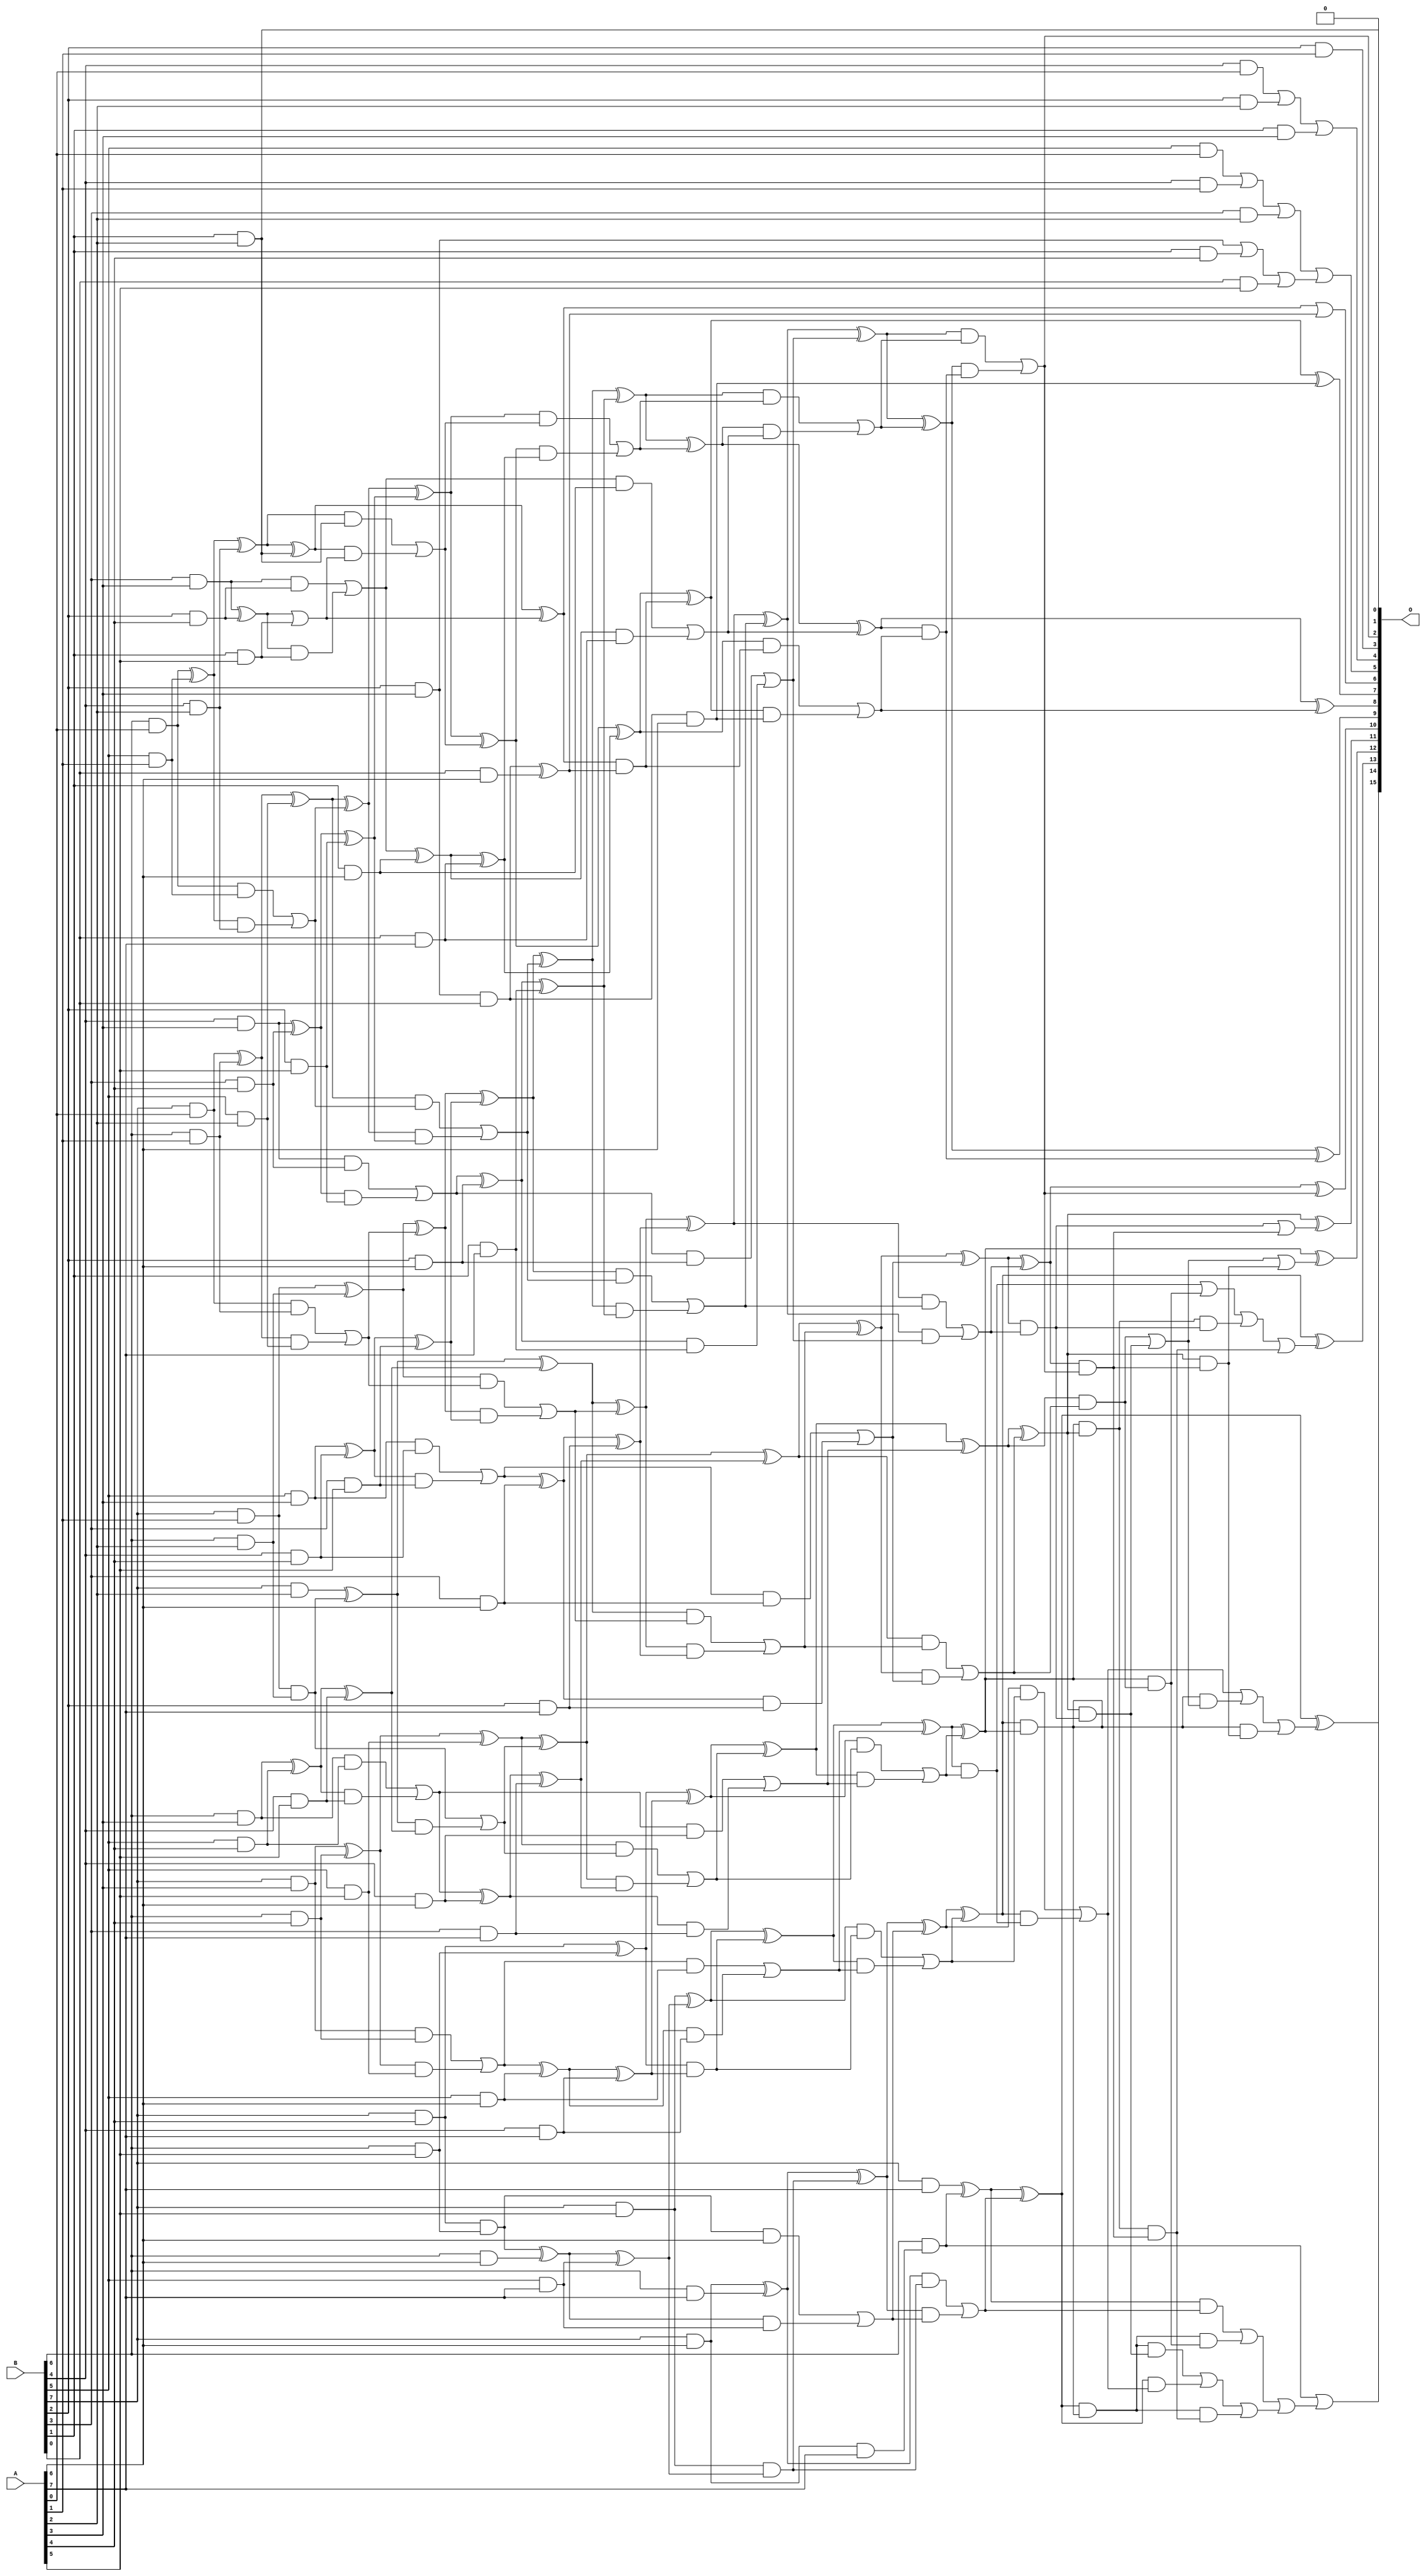
/***
* This code is a part of EvoApproxLib library (ehw.fit.vutbr.cz/approxlib) distributed under The MIT License.
* When used, please cite the following article(s): PRABAKARAN B. S., MRAZEK V., VASICEK Z., SEKANINA L., SHAFIQUE M. ApproxFPGAs: Embracing ASIC-based Approximate Arithmetic Components for FPGA-Based Systems. DAC 2020. 
***/
// MAE% = 0.051 %
// MAE = 33 
// WCE% = 0.25 %
// WCE = 163 
// WCRE% = 725.00 %
// EP% = 84.76 %
// MRE% = 1.28 %
// MSE = 2005 
// FPGA_POWER = 1.0
// FPGA_DELAY = 11
// FPGA_LUT = 63

module mul8u_6LH (
    A,
    B,
    O
);

input [7:0] A;
input [7:0] B;
output [15:0] O;

wire sig_20,sig_21,sig_22,sig_23,sig_27,sig_28,sig_29,sig_30,sig_31,sig_34,sig_35,sig_36,sig_37,sig_38,sig_39,sig_41,sig_42,sig_43,sig_44,sig_45;
wire sig_46,sig_47,sig_49,sig_50,sig_51,sig_52,sig_53,sig_54,sig_55,sig_56,sig_57,sig_58,sig_59,sig_60,sig_61,sig_62,sig_63,sig_64,sig_65,sig_66;
wire sig_67,sig_68,sig_69,sig_70,sig_71,sig_72,sig_73,sig_74,sig_75,sig_76,sig_77,sig_78,sig_79,sig_89,sig_95,sig_97,sig_99,sig_100,sig_102,sig_103;
wire sig_104,sig_105,sig_106,sig_107,sig_108,sig_109,sig_110,sig_111,sig_112,sig_113,sig_116,sig_119,sig_121,sig_122,sig_123,sig_124,sig_125,sig_126,sig_127,sig_128;
wire sig_129,sig_130,sig_131,sig_132,sig_133,sig_134,sig_135,sig_136,sig_137,sig_138,sig_139,sig_140,sig_141,sig_142,sig_143,sig_144,sig_145,sig_146,sig_147,sig_158;
wire sig_163,sig_165,sig_166,sig_167,sig_168,sig_169,sig_170,sig_171,sig_172,sig_173,sig_174,sig_175,sig_176,sig_177,sig_178,sig_179,sig_180,sig_182,sig_183,sig_184;
wire sig_185,sig_186,sig_187,sig_188,sig_189,sig_190,sig_191,sig_192,sig_193,sig_194,sig_195,sig_196,sig_197,sig_198,sig_199,sig_200,sig_201,sig_202,sig_203,sig_204;
wire sig_205,sig_206,sig_207,sig_208,sig_209,sig_210,sig_211,sig_212,sig_213,sig_214,sig_215,sig_216,sig_217,sig_218,sig_230,sig_231,sig_233,sig_234,sig_235,sig_236;
wire sig_237,sig_238,sig_239,sig_240,sig_241,sig_242,sig_243,sig_244,sig_245,sig_246,sig_247,sig_248,sig_249,sig_250,sig_251,sig_252,sig_253,sig_254,sig_255,sig_256;
wire sig_263,sig_264,sig_265,sig_266,sig_267,sig_268,sig_269,sig_270,sig_271,sig_272,sig_273,sig_274,sig_275,sig_276,sig_277,sig_278,sig_279,sig_280,sig_281,sig_282;
wire sig_283,sig_284,sig_285,sig_286,sig_287,sig_288,sig_289,sig_290,sig_291,sig_292,sig_293,sig_294,sig_295,sig_296,sig_297,sig_298,sig_299,sig_306,sig_307,sig_308;
wire sig_309,sig_310,sig_311,sig_312,sig_313,sig_314,sig_315,sig_316,sig_317,sig_318,sig_319,sig_353,sig_354,sig_364,sig_372,sig_380,sig_384,sig_385,sig_390,sig_391;
wire sig_400,sig_403,sig_404,sig_405,sig_409,sig_411,sig_414,sig_425,sig_427,sig_428,sig_429,sig_433,sig_435,sig_437,sig_451,sig_453,sig_454,sig_456,sig_459,sig_462;
wire sig_463,sig_464,sig_499,sig_500,sig_501,sig_502,sig_503,sig_504,sig_505;

assign sig_20 = B[4] & A[0];
assign sig_21 = B[5] & A[0];
assign sig_22 = B[6] & A[0];
assign sig_23 = B[7] & A[0];
assign sig_27 = B[2] & A[1];
assign sig_28 = B[4] & A[1];
assign sig_29 = B[5] & A[1];
assign sig_30 = B[6] & A[1];
assign sig_31 = B[7] & A[1];
assign sig_34 = B[2] & A[2];
assign sig_35 = B[3] & A[2];
assign sig_36 = B[4] & A[2];
assign sig_37 = B[5] & A[2];
assign sig_38 = B[6] & A[2];
assign sig_39 = B[7] & A[2];
assign sig_41 = B[1] & A[3];
assign sig_42 = B[2] & A[3];
assign sig_43 = B[3] & A[3];
assign sig_44 = B[4] & A[3];
assign sig_45 = B[5] & A[3];
assign sig_46 = B[6] & A[3];
assign sig_47 = B[7] & A[3];
assign sig_49 = B[1] & A[4];
assign sig_50 = B[2] & A[4];
assign sig_51 = B[3] & A[4];
assign sig_52 = B[4] & A[4];
assign sig_53 = B[5] & A[4];
assign sig_54 = B[6] & A[4];
assign sig_55 = B[7] & A[4];
assign sig_56 = B[0] & A[5];
assign sig_57 = B[1] & A[5];
assign sig_58 = B[2] & A[5];
assign sig_59 = B[3] & A[5];
assign sig_60 = B[4] & A[5];
assign sig_61 = B[5] & A[5];
assign sig_62 = B[6] & A[5];
assign sig_63 = B[7] & A[5];
assign sig_64 = B[0] & A[6];
assign sig_65 = B[1] & A[6];
assign sig_66 = B[2] & A[6];
assign sig_67 = B[3] & A[6];
assign sig_68 = B[4] & A[6];
assign sig_69 = B[5] & A[6];
assign sig_70 = B[6] & A[6];
assign sig_71 = B[7] & A[6];
assign sig_72 = B[0] & A[7];
assign sig_73 = B[1] & A[7];
assign sig_74 = B[2] & A[7];
assign sig_75 = B[3] & A[7];
assign sig_76 = B[4] & A[7];
assign sig_77 = B[5] & A[7];
assign sig_78 = B[6] & A[7];
assign sig_79 = B[7] & A[7];
assign sig_89 = sig_42 & B[0];
assign sig_95 = sig_20 | sig_34;
assign sig_97 = sig_21 | sig_28;
assign sig_99 = B[1] & A[2];
assign sig_100 = sig_97 | sig_35;
assign sig_102 = sig_22 ^ sig_29;
assign sig_103 = sig_22 & sig_29;
assign sig_104 = sig_102 & sig_36;
assign sig_105 = sig_102 ^ sig_36;
assign sig_106 = sig_103 | sig_104;
assign sig_107 = sig_23 ^ sig_30;
assign sig_108 = sig_23 & sig_30;
assign sig_109 = sig_107 & sig_37;
assign sig_110 = sig_107 ^ sig_37;
assign sig_111 = sig_108 | sig_109;
assign sig_112 = sig_31 & sig_38;
assign sig_113 = sig_31 ^ sig_38;
assign sig_116 = sig_42 | sig_49;
assign sig_119 = sig_116 | sig_56;
assign sig_121 = sig_43 ^ sig_50;
assign sig_122 = sig_43 & sig_50;
assign sig_123 = sig_121 & sig_57;
assign sig_124 = sig_121 | sig_57;
assign sig_125 = sig_122 | sig_123;
assign sig_126 = sig_44 ^ sig_51;
assign sig_127 = sig_44 & sig_51;
assign sig_128 = sig_126 & sig_58;
assign sig_129 = sig_126 ^ sig_58;
assign sig_130 = sig_127 | sig_128;
assign sig_131 = sig_45 ^ sig_52;
assign sig_132 = sig_45 & sig_52;
assign sig_133 = sig_131 & sig_59;
assign sig_134 = sig_131 ^ sig_59;
assign sig_135 = sig_132 | sig_133;
assign sig_136 = sig_46 ^ sig_53;
assign sig_137 = sig_46 & sig_53;
assign sig_138 = sig_136 & sig_60;
assign sig_139 = sig_136 ^ sig_60;
assign sig_140 = sig_137 | sig_138;
assign sig_141 = sig_47 ^ sig_54;
assign sig_142 = sig_47 & sig_54;
assign sig_143 = sig_141 & sig_61;
assign sig_144 = sig_141 ^ sig_61;
assign sig_145 = sig_142 | sig_143;
assign sig_146 = sig_55 & sig_62;
assign sig_147 = sig_55 ^ sig_62;
assign sig_158 = sig_95 | sig_41;
assign sig_163 = sig_100 | sig_119;
assign sig_165 = sig_105 ^ sig_99;
assign sig_166 = sig_105 & sig_99;
assign sig_167 = sig_165 & sig_124;
assign sig_168 = sig_165 ^ sig_124;
assign sig_169 = sig_166 | sig_167;
assign sig_170 = sig_110 ^ sig_106;
assign sig_171 = sig_110 & sig_106;
assign sig_172 = sig_170 & sig_129;
assign sig_173 = sig_170 ^ sig_129;
assign sig_174 = sig_171 | sig_172;
assign sig_175 = sig_113 ^ sig_111;
assign sig_176 = sig_113 & sig_111;
assign sig_177 = sig_175 & sig_134;
assign sig_178 = sig_175 ^ sig_134;
assign sig_179 = sig_176 | sig_177;
assign sig_180 = sig_39 ^ sig_112;
assign sig_182 = sig_180 & sig_139;
assign sig_183 = sig_180 ^ sig_139;
assign sig_184 = sig_112 | sig_182;
assign sig_185 = sig_89 ^ sig_64;
assign sig_186 = sig_89 & A[6];
assign sig_187 = sig_125 ^ sig_65;
assign sig_188 = sig_125 & sig_65;
assign sig_189 = sig_187 & sig_72;
assign sig_190 = sig_187 ^ sig_72;
assign sig_191 = sig_188 | sig_189;
assign sig_192 = sig_130 ^ sig_66;
assign sig_193 = sig_130 & sig_66;
assign sig_194 = sig_192 & sig_73;
assign sig_195 = sig_192 ^ sig_73;
assign sig_196 = sig_193 | sig_194;
assign sig_197 = sig_135 ^ sig_67;
assign sig_198 = sig_135 & sig_67;
assign sig_199 = sig_197 & sig_74;
assign sig_200 = sig_197 ^ sig_74;
assign sig_201 = sig_198 | sig_199;
assign sig_202 = sig_140 ^ sig_68;
assign sig_203 = sig_140 & sig_68;
assign sig_204 = sig_202 & sig_75;
assign sig_205 = sig_202 ^ sig_75;
assign sig_206 = sig_203 | sig_204;
assign sig_207 = sig_145 ^ sig_69;
assign sig_208 = sig_145 & sig_69;
assign sig_209 = sig_207 & sig_76;
assign sig_210 = sig_207 ^ sig_76;
assign sig_211 = sig_208 | sig_209;
assign sig_212 = sig_146 ^ sig_70;
assign sig_213 = sig_146 & A[6];
assign sig_214 = sig_212 & sig_77;
assign sig_215 = sig_212 ^ sig_77;
assign sig_216 = sig_213 | sig_214;
assign sig_217 = sig_71 & A[7];
assign sig_218 = sig_71 ^ sig_78;
assign sig_230 = sig_168 & sig_185;
assign sig_231 = sig_168 | sig_185;
assign sig_233 = sig_173 ^ sig_169;
assign sig_234 = sig_173 & sig_169;
assign sig_235 = sig_233 & sig_190;
assign sig_236 = sig_233 ^ sig_190;
assign sig_237 = sig_234 | sig_235;
assign sig_238 = sig_178 ^ sig_174;
assign sig_239 = sig_178 & sig_174;
assign sig_240 = sig_238 & sig_195;
assign sig_241 = sig_238 ^ sig_195;
assign sig_242 = sig_239 | sig_240;
assign sig_243 = sig_183 ^ sig_179;
assign sig_244 = sig_183 & sig_179;
assign sig_245 = sig_243 & sig_200;
assign sig_246 = sig_243 ^ sig_200;
assign sig_247 = sig_244 | sig_245;
assign sig_248 = sig_144 ^ sig_184;
assign sig_249 = sig_144 & sig_184;
assign sig_250 = sig_248 & sig_205;
assign sig_251 = sig_248 ^ sig_205;
assign sig_252 = sig_249 | sig_250;
assign sig_253 = sig_147 & sig_210;
assign sig_254 = sig_147 ^ sig_210;
assign sig_255 = sig_63 & sig_215;
assign sig_256 = sig_63 ^ sig_215;
assign sig_263 = sig_236 ^ sig_230;
assign sig_264 = sig_236 & sig_230;
assign sig_265 = sig_263 & sig_186;
assign sig_266 = sig_263 ^ sig_186;
assign sig_267 = sig_264 | sig_265;
assign sig_268 = sig_241 ^ sig_237;
assign sig_269 = sig_241 & sig_237;
assign sig_270 = sig_268 & sig_191;
assign sig_271 = sig_268 ^ sig_191;
assign sig_272 = sig_269 | sig_270;
assign sig_273 = sig_246 ^ sig_242;
assign sig_274 = sig_246 & sig_242;
assign sig_275 = sig_273 & sig_196;
assign sig_276 = sig_273 ^ sig_196;
assign sig_277 = sig_274 | sig_275;
assign sig_278 = sig_251 ^ sig_247;
assign sig_279 = sig_251 & sig_247;
assign sig_280 = sig_278 & sig_201;
assign sig_281 = sig_278 ^ sig_201;
assign sig_282 = sig_279 | sig_280;
assign sig_283 = sig_254 ^ sig_252;
assign sig_284 = sig_254 & sig_252;
assign sig_285 = sig_283 & sig_206;
assign sig_286 = sig_283 ^ sig_206;
assign sig_287 = sig_284 | sig_285;
assign sig_288 = sig_256 ^ sig_253;
assign sig_289 = sig_256 & sig_253;
assign sig_290 = sig_288 & sig_211;
assign sig_291 = sig_288 ^ sig_211;
assign sig_292 = sig_289 | sig_290;
assign sig_293 = sig_218 ^ sig_255;
assign sig_294 = sig_218 & sig_255;
assign sig_295 = sig_293 & sig_216;
assign sig_296 = sig_293 ^ sig_216;
assign sig_297 = sig_294 | sig_295;
assign sig_298 = B[6] & sig_217;
assign sig_299 = sig_79 ^ sig_298;
assign sig_306 = sig_271 ^ sig_267;
assign sig_307 = sig_271 & sig_267;
assign sig_308 = sig_276 ^ sig_272;
assign sig_309 = sig_276 & sig_272;
assign sig_310 = sig_281 ^ sig_277;
assign sig_311 = sig_281 & sig_277;
assign sig_312 = sig_286 ^ sig_282;
assign sig_313 = sig_286 & sig_282;
assign sig_314 = sig_291 ^ sig_287;
assign sig_315 = sig_291 & sig_287;
assign sig_316 = sig_296 ^ sig_292;
assign sig_317 = sig_296 & sig_292;
assign sig_318 = sig_299 ^ sig_297;
assign sig_319 = sig_299 & sig_297;
assign sig_353 = sig_308 & sig_307;
assign sig_354 = sig_309 | sig_353;
assign sig_364 = sig_310 & sig_354;
assign sig_372 = sig_311 | sig_364;
assign sig_380 = sig_312 & sig_364;
assign sig_384 = sig_312 & sig_311;
assign sig_385 = sig_313 | sig_384;
assign sig_390 = sig_385 | sig_380;
assign sig_391 = sig_314 & sig_312;
assign sig_400 = sig_391 & sig_364;
assign sig_403 = sig_391 & sig_311;
assign sig_404 = sig_314 & sig_313;
assign sig_405 = sig_315 | sig_404;
assign sig_409 = sig_405 | sig_403;
assign sig_411 = sig_409 | sig_400;
assign sig_414 = sig_316 & sig_314;
assign sig_425 = sig_414 & sig_380;
assign sig_427 = sig_414 & sig_385;
assign sig_428 = sig_316 & sig_315;
assign sig_429 = sig_317 | sig_428;
assign sig_433 = sig_429 | sig_427;
assign sig_435 = sig_433 | sig_425;
assign sig_437 = sig_318 & sig_414;
assign sig_451 = sig_437 & sig_400;
assign sig_453 = sig_437 & sig_384;
assign sig_454 = sig_437 & sig_404;
assign sig_456 = sig_318 & sig_429;
assign sig_459 = sig_453 | sig_456;
assign sig_462 = sig_319 | sig_454;
assign sig_463 = sig_459 | sig_451;
assign sig_464 = sig_462 | sig_463;
assign sig_499 = sig_308 ^ sig_307;
assign sig_500 = sig_310 ^ sig_354;
assign sig_501 = sig_312 ^ sig_372;
assign sig_502 = sig_314 ^ sig_390;
assign sig_503 = sig_316 ^ sig_411;
assign sig_504 = sig_318 ^ sig_435;
assign sig_505 = sig_298 | sig_464;

assign O[15] = sig_505;
assign O[14] = sig_504;
assign O[13] = sig_503;
assign O[12] = sig_502;
assign O[11] = sig_501;
assign O[10] = sig_500;
assign O[9] = sig_499;
assign O[8] = sig_306;
assign O[7] = sig_266;
assign O[6] = sig_231;
assign O[5] = sig_163;
assign O[4] = sig_158;
assign O[3] = sig_27;
assign O[2] = sig_354;
assign O[1] = sig_99;
assign O[0] = 1'b0;

endmodule